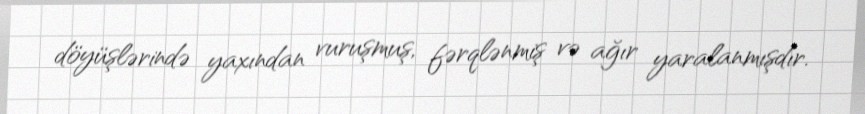
döyüşlərində yaxından vuruşmuş, fərqlənmiş və ağır yaralanmışdır.